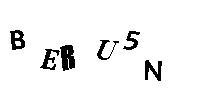
BERU5N